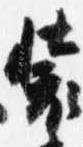
装